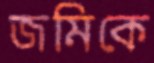
জমিকে